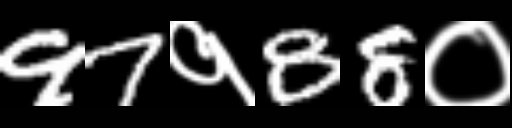
Text: 97१88०